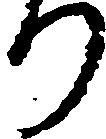
り